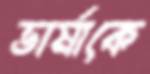
ভার্মাকে